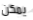
يمكن